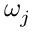
\omega _ { j }